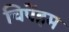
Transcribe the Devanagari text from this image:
चिपेंहम